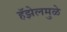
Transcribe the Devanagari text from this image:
हॅझेलमुळे